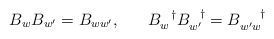
\begin{align*}B_{w}B_{w^{\prime}}= B_{ww^{\prime}}, \;\;\;\;\;\; B_{w}^{\;\;\;\dagger}B_{w^{\prime}}^{\;\;\;\dagger}= B_{w^{\prime}w}^{\;\;\;\;\;\;\dagger}\end{align*}